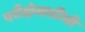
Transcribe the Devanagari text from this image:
परीक्षेसाठीची